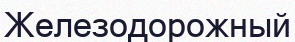
Железодорожный